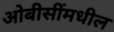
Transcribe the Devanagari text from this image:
ओबीसींमधील